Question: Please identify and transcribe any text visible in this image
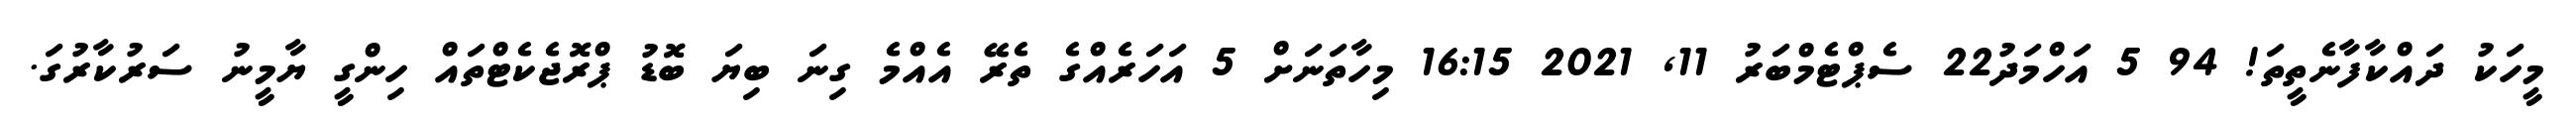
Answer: މީހަކު ދައްކާފާނެތީތަ! 94 5 އަހްމަދު22 ސެޕްޓެމްބަރު 11, 2021 16:15 މިހާތަނަށް 5 އަހަރެއްގެ ތެރޭ އެއްމެ ގިނަ ބިޔަ ބޮޑު ޕްރޮޖެކެޓްތައް ހިންގީ ޔާމީނު ސަރުކާރުގަ.